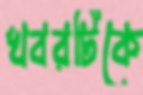
খবরটিকে